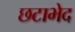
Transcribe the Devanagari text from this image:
छटाभेद